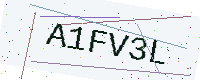
Text: A1FV3L